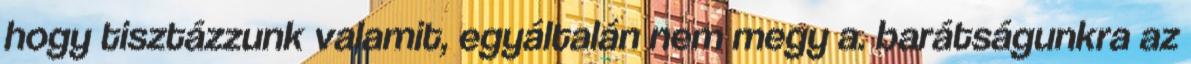
hogy tisztázzunk valamit, egyáltalán nem megy a. barátságunkra az